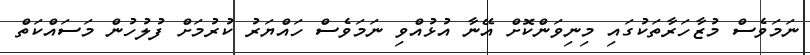
ނަމަވެސް މުޒާހަރާތަކުގައި މިނިވަންކޮށް އޭނާ އުޅުއްވި ނަމަވެސް ހައްޔަރު ކުރުމަށް ފުލުހުން މަސައްކަތް